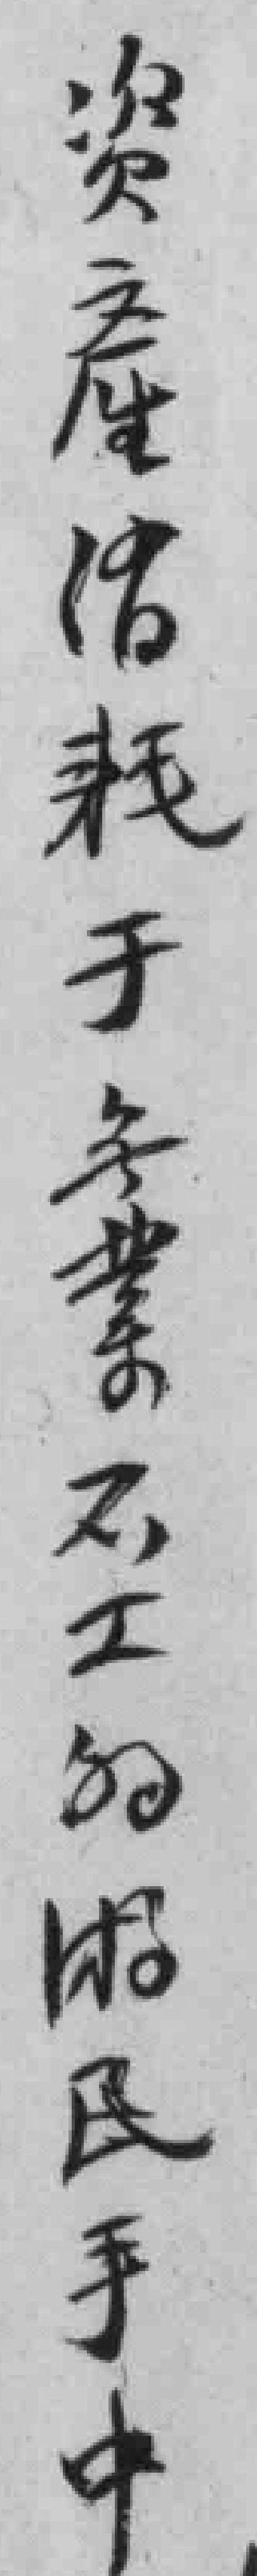
资產消耗于無業不工的游民手中